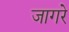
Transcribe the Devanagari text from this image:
जागरे